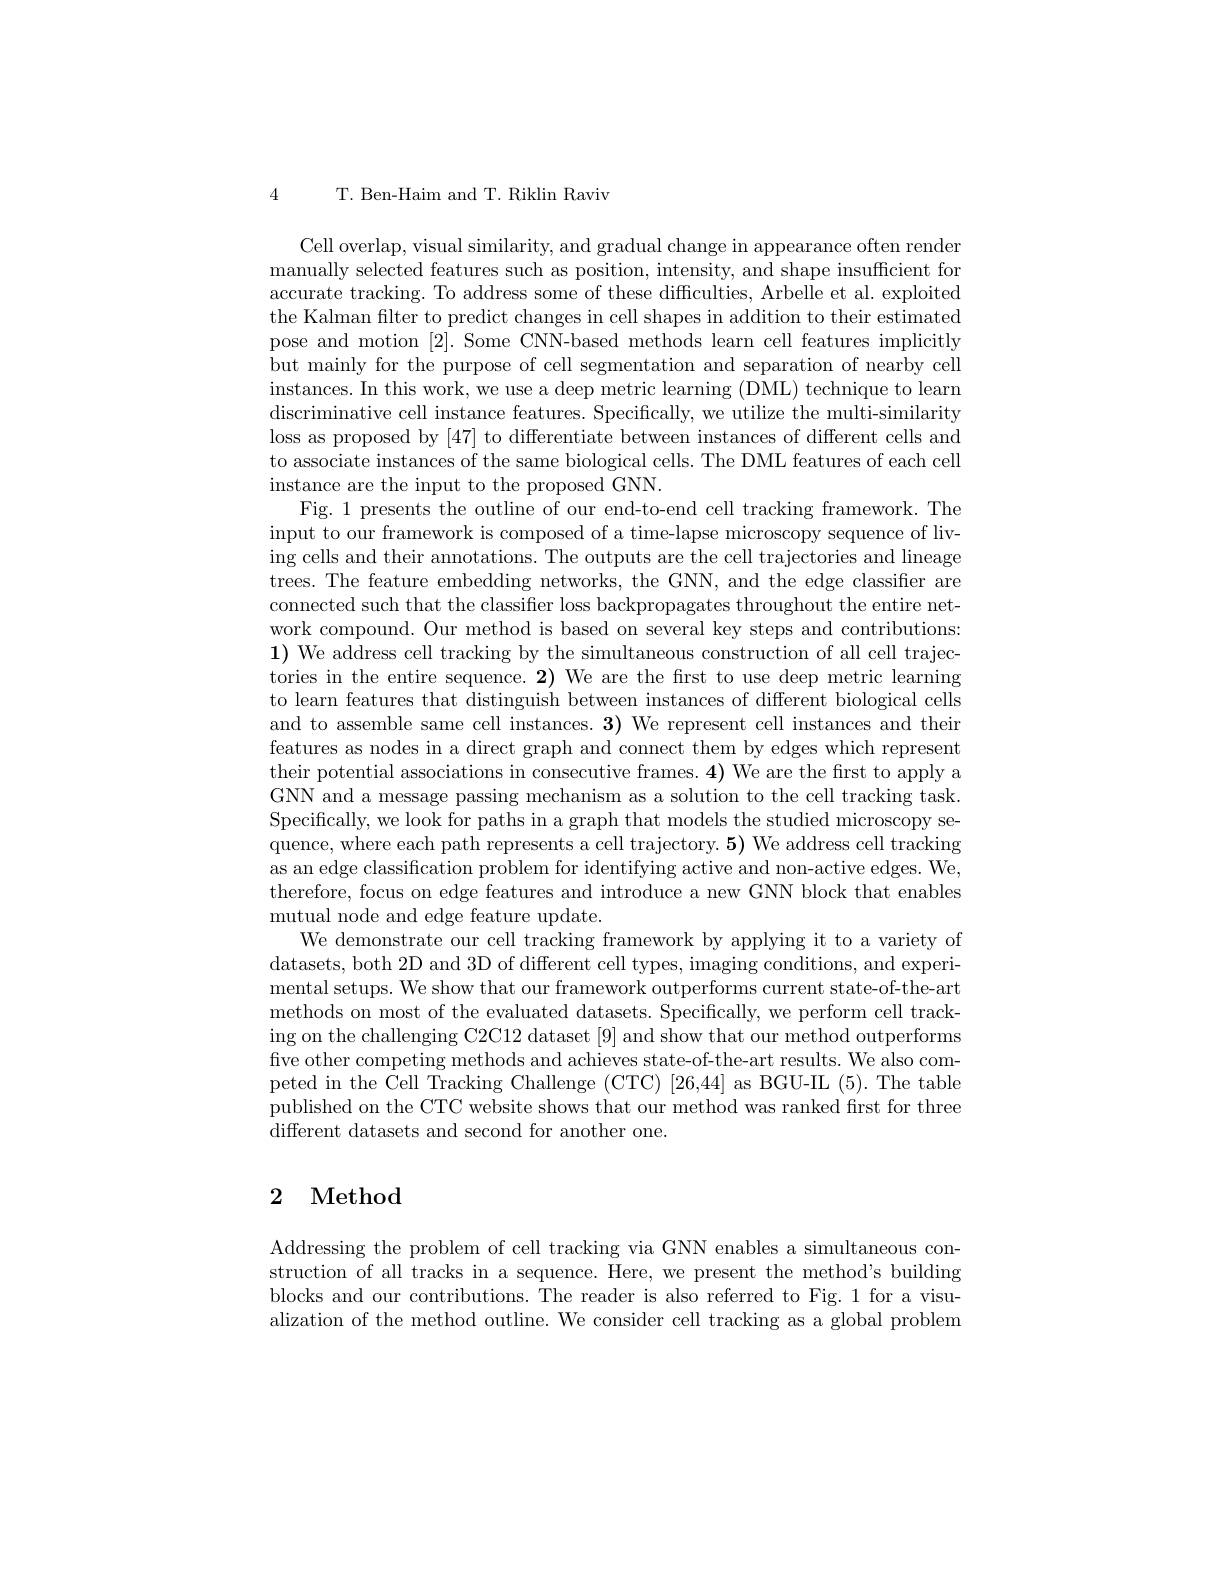
T. Ben-Haim and T. Riklin Raviv

4

Cell overlap, visual similarity, and gradual change in appearance often render manually selected features such as position, intensity, and shape insufficient for accurate tracking. To address some of these difficulties, Arbelle et al. exploited the Kalman filter to predict changes in cell shapes in addition to their estimated pose and motion [2]. Some CNN-based methods learn cell features implicitly but mainly for the purpose of cell segmentation and separation of nearby cell instances. In this work, we use a deep metric learning (DML) technique to learn discriminative cell instance features. Specifically, we utilize the multi-similarity loss as proposed by [47] to differentiate between instances of different cells and to associate instances of the same biological cells. The DML features of each cell instance are the input to the proposed GNN.
Fig. 1 presents the outline of our end-to-end cell tracking framework. The input to our framework is composed of a time-lapse microscopy sequence of living cells and their annotations. The outputs are the cell trajectories and lineage trees. The feature embedding networks, the GNN, and the edge classifier are connected such that the classifier loss backpropagates throughout the entire network compound. Our method is based on several key steps and contributions: 1) We address cell tracking by the simultaneous construction of all cell trajectories in the entire sequence. 2) We are the first to use deep metric learning to learn features that distinguish between instances of different biological cells and to assemble same cell instances. 3) We represent cell instances and their features as nodes in a direct graph and connect them by edges which represent their potential associations in consecutive frames. 4) We are the first to apply a GNN and a message passing mechanism as a solution to the cell tracking task. Specifically, we look for paths in a graph that models the studied microscopy sequence, where each path represents a cell trajectory. 5) We address cell tracking as an edge classification problem for identifying active and non-active edges. We, therefore, focus on edge features and introduce a new GNN block that enables mutual node and edge feature update.
We demonstrate our cell tracking framework by applying it to a variety of $\begin{array}{c}\text{datasets, both 2D and 3D of different cell types, imaging conditions, and experi-}\end{array}$ mental setups. We show that our framework outperforms current state-of-the-art methods on most of the evaluated datasets. Specifically, we perform cell tracking on the challenging C2C12 dataset [9] and show that our method outperforms five other competing methods and achieves state-of-the-art results. We also competed in the Cell Tracking Challenge (CTC) [26,44] as BGU-IL (5). The table published on the CTC website shows that our method was ranked frst for three different datasets and second for another one.

## 2 Method

Addressing the problem of cell tracking via GNN enables a simultaneous construction of all tracks in a sequence. Here, we present the method's building blocks and our contributions. The reader is also referred to Fig. 1 for a visualization of the method outline. We consider cell tracking as a global problem